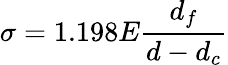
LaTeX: \sigma=1.198E{\frac{d_{f}}{d-d_{c}}}